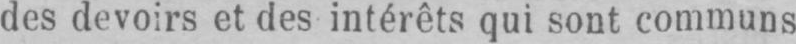
des devoirs et des intérêts qui sont communs